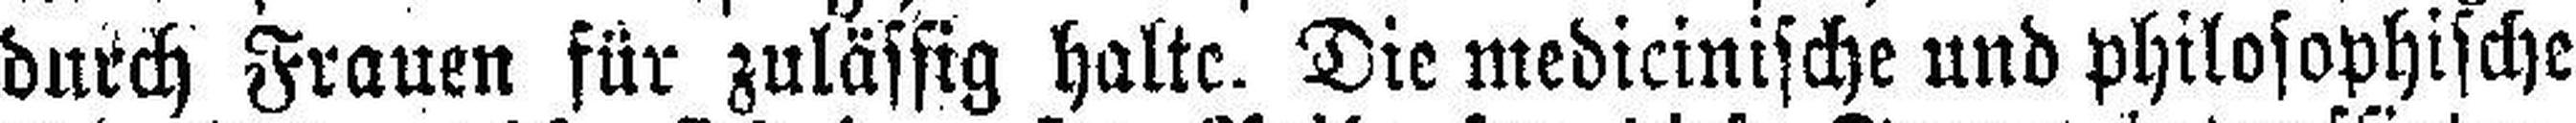
durch Frauen für zulässig halte. Die medicinische und philosophische